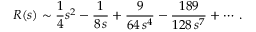
R ( s ) \sim { \frac { 1 } { 4 } } s ^ { 2 } - { \frac { 1 } { 8 \, s } } + { \frac { 9 } { 6 4 \, s ^ { 4 } } } - { \frac { 1 8 9 } { 1 2 8 \, s ^ { 7 } } } + \cdots \, .